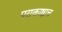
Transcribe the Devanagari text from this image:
पराकाष्ठाच